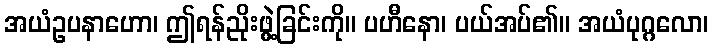
အယံဥပနာဟော၊ ဤရန်ညိုးဖွဲ့ခြင်းကို။ ပဟီနော၊ ပယ်အပ်၏။ အယံပုဂ္ဂလော၊